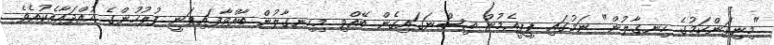
"މިނިވަންކަމުގެ ހިނގާލުން" ނަމުގައި ޕީޕީއެމުން އިސްނަގައިގެން ބޭއްވި މިހިނގާލުން ބާއްވާފައިވަނީ ފުލުހުންގެ ހުއްދައާއެކުއެވެ.